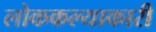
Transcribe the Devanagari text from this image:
लोककल्याकारी